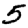
Digit: 5